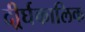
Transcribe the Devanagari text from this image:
दीर्र्घकालिक